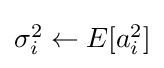
{\textstyle \sigma _{i}^{2}\leftarrow E[a_{i}^{2}]}